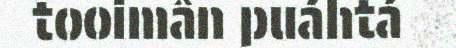
tooimân puáhtá